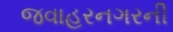
જવાહરનગરની